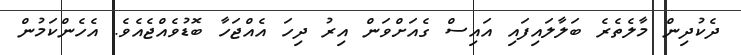
ދެކުދިން މާލެތެރެ ބަލާލައިފައި އައިސް ގެއަށްވަން އިރު ދިހަ އެއްޖަހާ ބޮޑުވެއްޖެއެވެ. އެހެންކަމުން